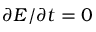
\partial E / \partial t = 0